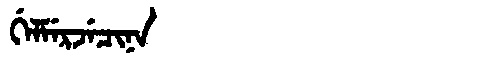
Manchu: ᡤᡝᠯᠮᡝᡵᠵᡝᠴᡳᠨᠠ
Romanization: GELMERJECINA